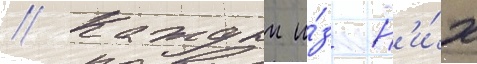
// Каждыи и́з н'и́х